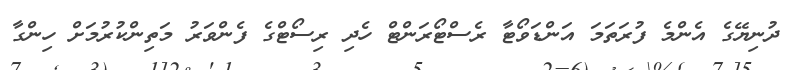
ދުނިޔޭގެ އެންމެ ފުރަތަމަ އަންޑަވޯޓާ ރެސްޓޯރަންޓް ހެދި ރިސޯޓްގެ ފެންވަރު މަތިންކުރުމަށް ހިންގާ